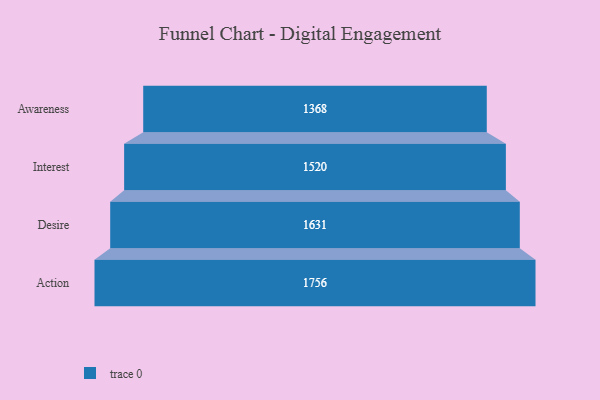
{"axis": {"x": "Stage", "y": "Value"}, "legend": [""], "data": [{"x": "Awareness", "y": 1368.0, "type": ""}, {"x": "Interest", "y": 1520.0, "type": ""}, {"x": "Desire", "y": 1631.0, "type": ""}, {"x": "Action", "y": 1756.0, "type": ""}]}